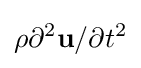
\rho \partial ^{2}\mathbf {u} /\partial t^{2}